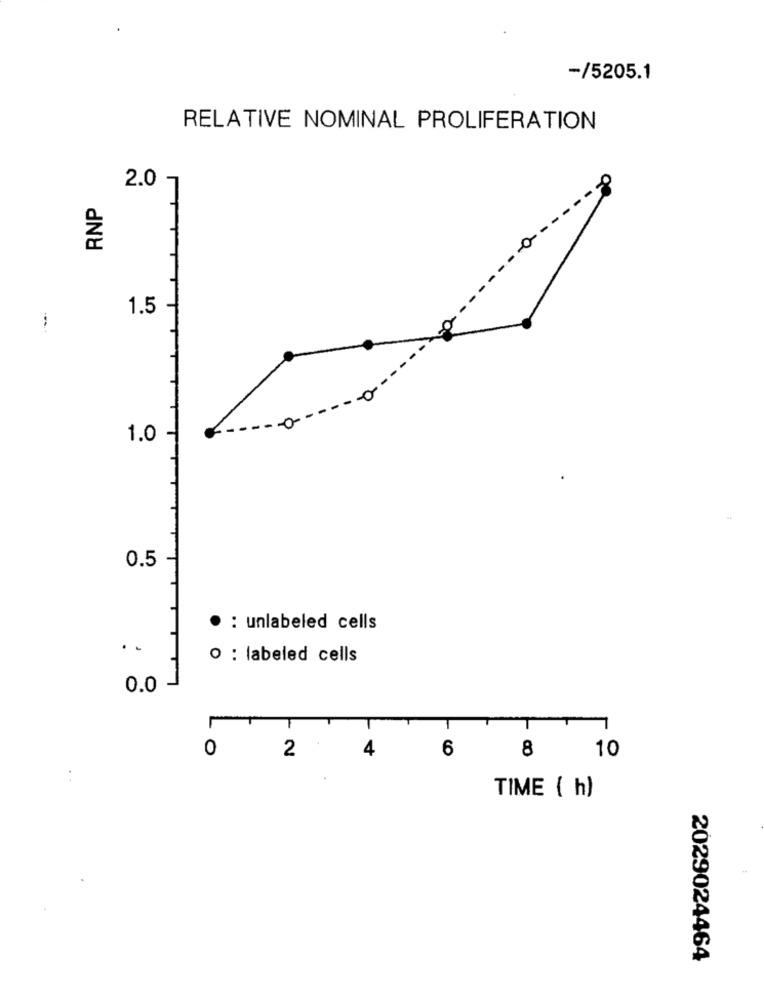
-/5205.1
RELATIVE NOMINAL PROLIFERATION
2.0
RNP
1.5
1.0
0.5
· : unlabeled cells
. .
· : labeled cells
0.0
T
0
6
8
10
2
1 4
TIME ( h)
2029024464